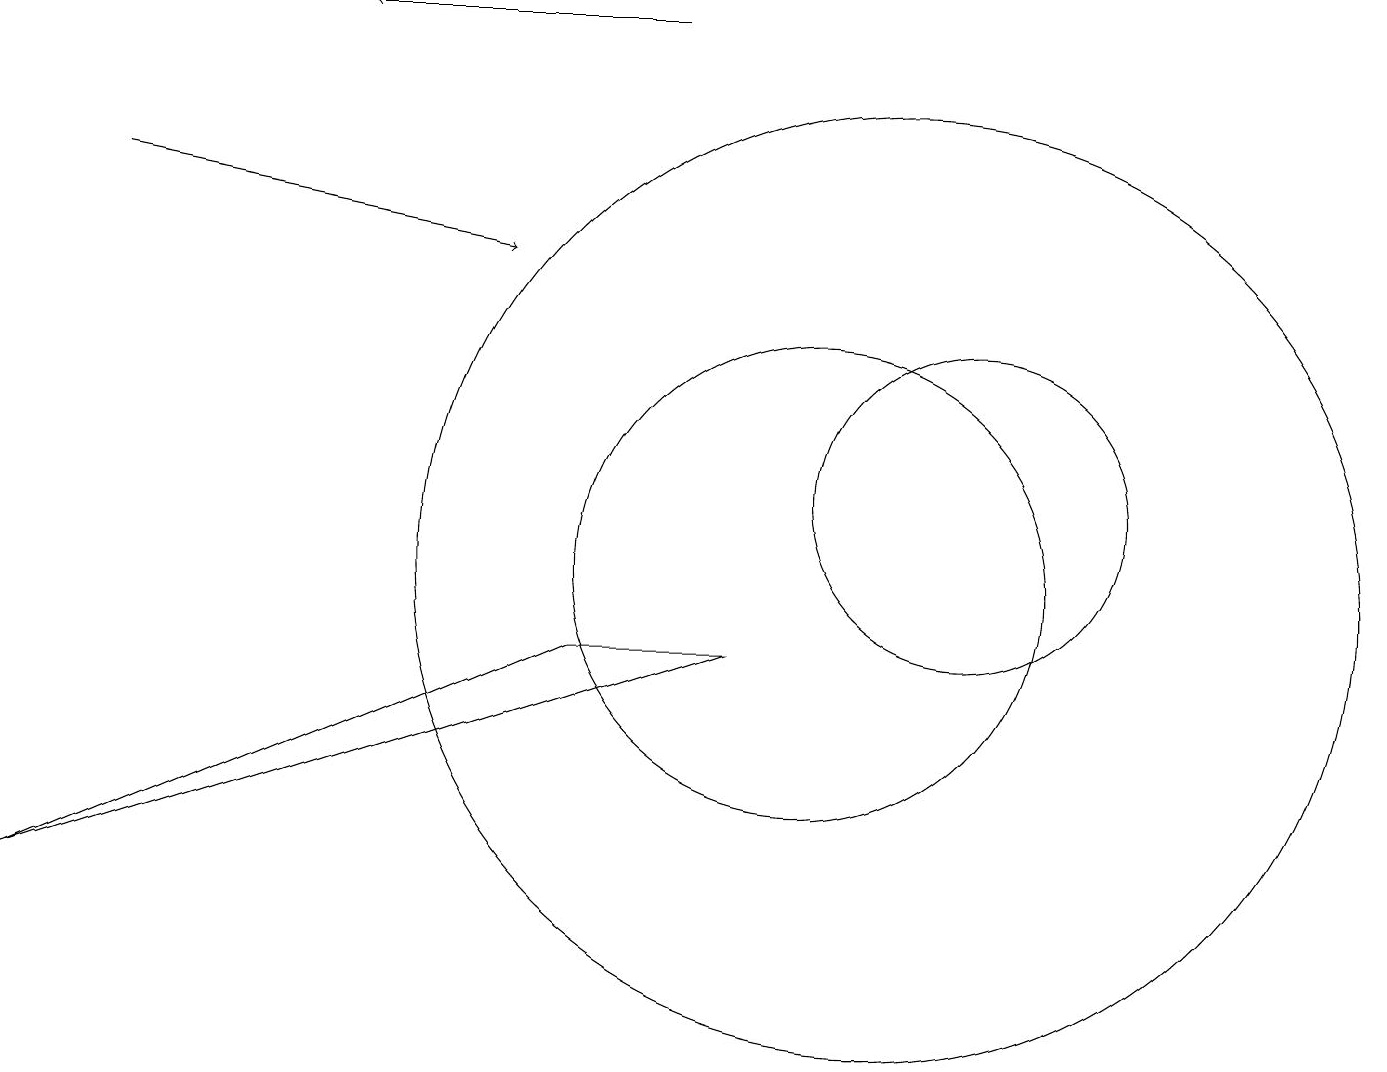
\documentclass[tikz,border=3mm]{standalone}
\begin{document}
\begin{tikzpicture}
\draw[->] (1,15) -- (6,14);
\draw (0,6) -- (9,9) -- (7,9) -- cycle;
\draw (12,11) circle (2);
\draw[->] (8,17) -- (4,17);
\draw (10,10) circle (3);
\draw (11,10) circle (6);
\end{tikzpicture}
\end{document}